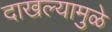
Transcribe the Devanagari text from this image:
दाखल्यामुळे